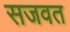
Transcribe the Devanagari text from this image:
सजवत